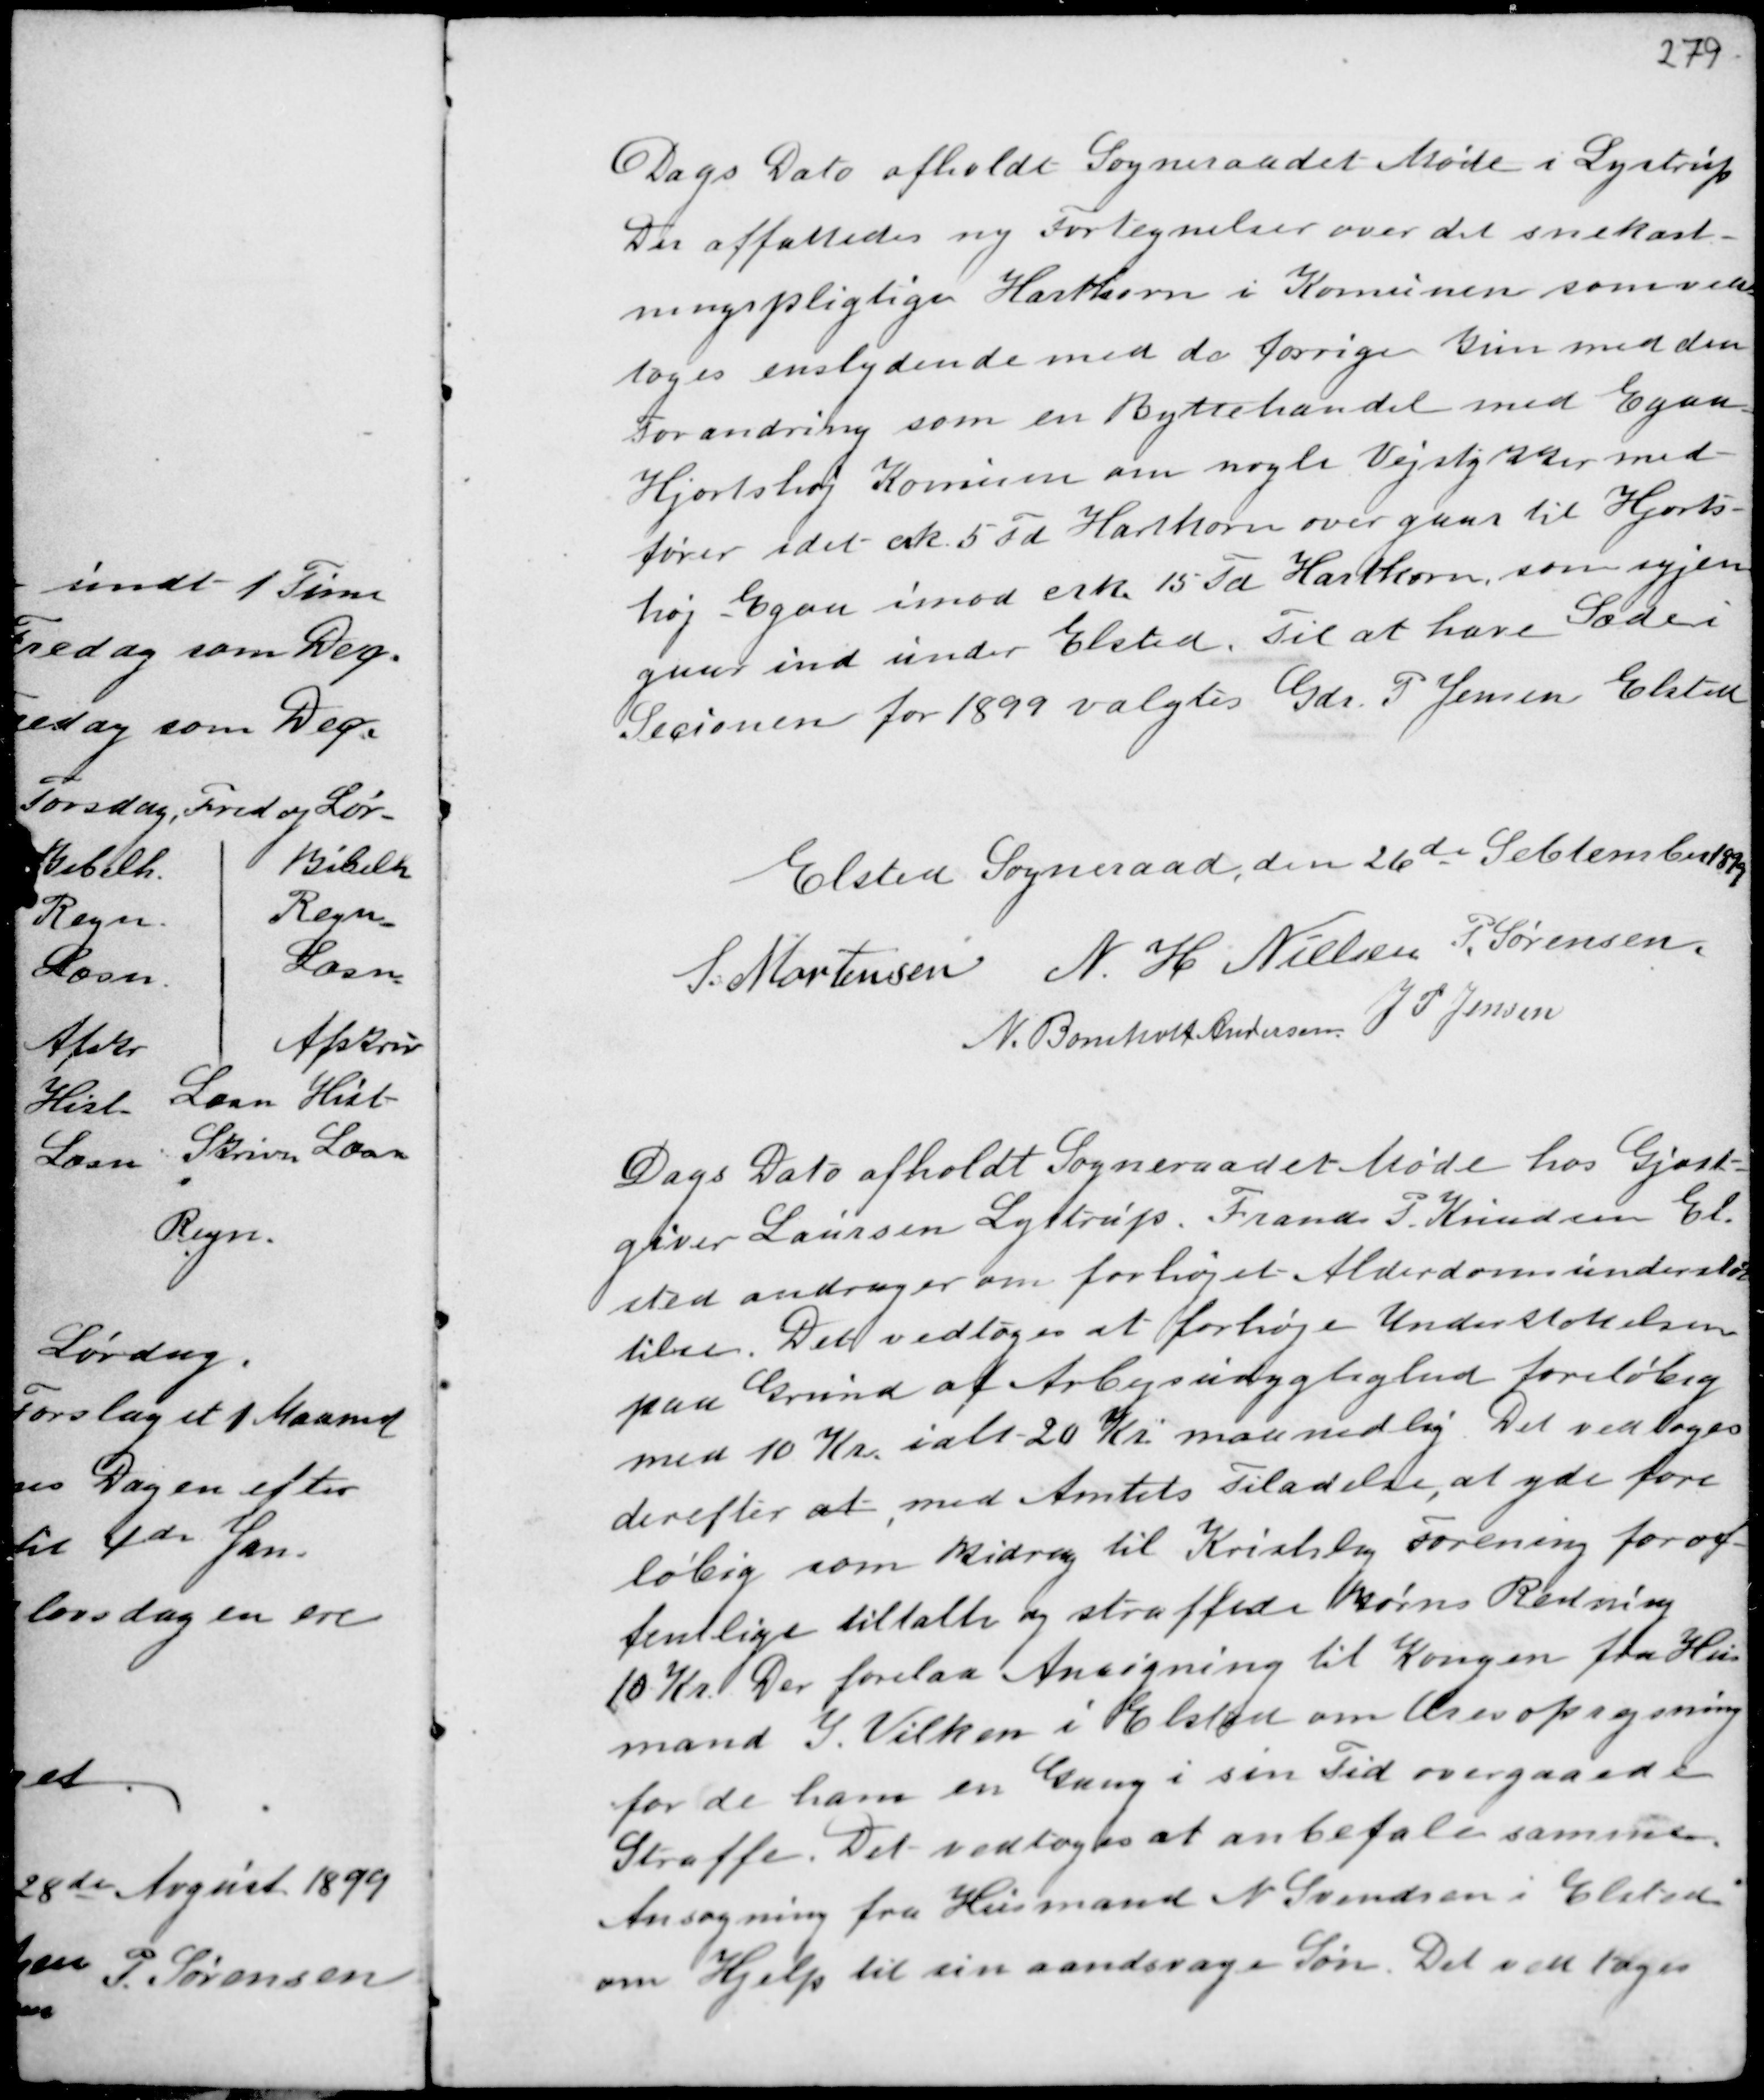
Transskription:
Dags Dato afholdt Sogneraadet Møde i Lystrup
Der affattedes ny Fortegnelser over det snekast-
ningspligtige Hartkorn i Komunen som ved-
toges enslydende med de forrige kun med den
Forandring som en Byttehandel med Egaa -
Hjortshøj Komune om nogle Vejstykker med-
fører idet de 5 Td Hartkorn overgaar til Hjorts-
høj - Egaa imod erk 15 Td Hartkorn som igjen
gaar ind under Elsted. Til at have Sæde i
Secionen for 1899 valgtes Gdr. P. Jensen Elsted

Elsted Sogneraad den 26 de Sebtember 1899
S. Mortensen N. H Nielsen P. Sørensen
N. Bomholt Andersen
J P Jensen

Dags Dato afholdt Sogneraadet Møde hos Gjæst-
giver Laursen Lystrup. Frands P. Knudsen El-
sted andrager om forhøjet Alderdomsunderstøt
telse. Det vedtoges at forhøje Understøttelsen
paa Grund af Arbejdsudygtighed foreløbig
med 10 Kr. ialt 20 Kr. maanedlig. Det vedtoges
derefter at, med Amtets Tilladelse, at yde fore-
løbig som Bidrag til Kristlig Forening for of-
fentlige tiltalte og straffede Børns Redning
10 Kr. Der forelaa Ansøgning til Kongen fra Hus
mand J. Vilken i Elsted om Æresoprejsning
for de ham en Gang i sin Tid overgaaede
Straffe. Det vedtoges at anbefale samme.
Ansøgning fra Husmand N. Svendsen i Elsted
om Hjelp til sin aandsvage Søn. Det vedtoges